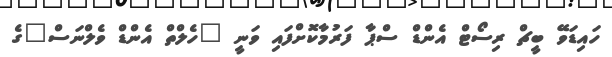
ހައިޑަވޭ ބީޗް ރިސޯޓް އެންޑް ސްޕާ ފަރުމާކޮށްފައި ވަނީ "ހެލްތް އެންޑް ވެލްނަސް"ގެ